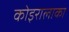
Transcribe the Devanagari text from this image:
कोइरालाका